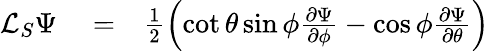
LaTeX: \begin{array}{rlr}{\mathcal{L}_{S}\Psi}&{{}=}&{\frac{1}{2}\left(\cot{\theta}\sin{\phi}\frac{\partial\Psi}{\partial\phi}-\cos{\phi}\frac{\partial\Psi}{\partial\theta}\right)}\end{array}